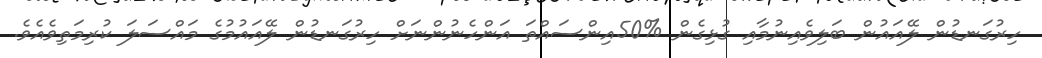
ހިރުގަނޑުން ލޭއައުން ބަލިވެއިނުމާއި ގުޅިގެން %50އިންސައްތަ އަންހެނުންނަށް ހިރުގަނޑުން ލޭއައުމުގެ މައްސަލަ ކުރިމަތިވެއެވެ.